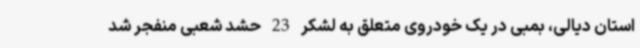
استان دیالی، بمبی در یک خودروی متعلق به لشکر 23 حشد شعبی منفجر شد